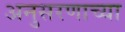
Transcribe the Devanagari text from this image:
अनुसरणाच्या